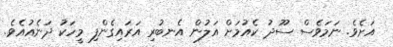
އަށެވެ. ނަމަވެސް ސޫދު ކެއުމަށް އަލުން އެނބުރި އަރައިގެންފި މީހަކު ދަނެއުއެވެ.